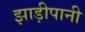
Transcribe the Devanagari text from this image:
झाड़ीपानी